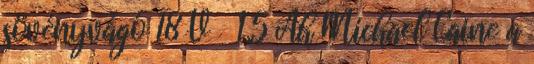
sövényvágó 18 V 1,5 Ah Michael Caine a